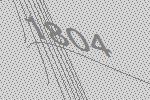
1804